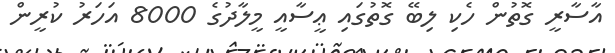
އާސާރީ ގޮތުން ހެކި ލިބޭ ގޮތުގައި ޢީސާއީ މީލާދުގެ 8000 އަހަރު ކުރީން